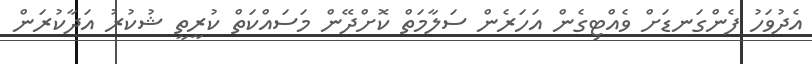
އެދުވަހު ފެންގަނޑަށް ވެއްޓިގެން އަހަރެން ސަލާމަތް ކޮށްދޭން މަސައްކަތް ކުރީތީ ޝުކުރު އަދާކުރަން